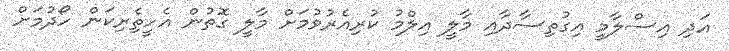
އަދި އިސްލާމީ އިގުތިސާދާއި މާލީ އިލްމު ކުރިއެރުވުމަށް މާލީ ގޮތުން އެހީތެިރިކަން ހޯދުމަށް